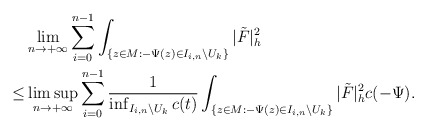
\begin{align*}&\lim_{n\to+\infty}\sum_{i=0}^{n-1}\int_{\{z\in M:-\Psi(z)\in I_{i,n}\backslash U_k\}}|\tilde{F}|^2_h\\\le&\limsup_{n\to+\infty}\sum_{i=0}^{n-1}\frac{1}{\inf_{I_{i,n}\backslash U_k}c(t)}\int_{\{z\in M:-\Psi(z)\in I_{i,n}\backslash U_k\}}|\tilde F|^2_hc(-\Psi).\end{align*}